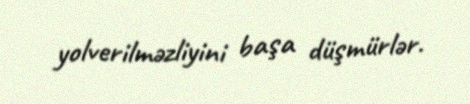
yolverilməzliyini başa düşmürlər.